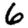
Digit: 6